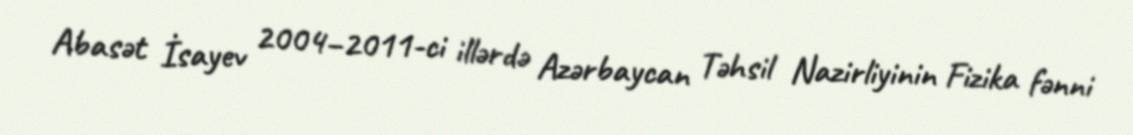
Abasət İsayev 2004–2011-ci illərdə Azərbaycan Təhsil Nazirliyinin Fizika fənni